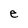
Character: e